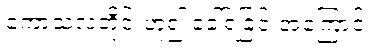
ကောသလတိုင်းဟူ၍ ခေါ်ရခြင်းအကြောင်း။